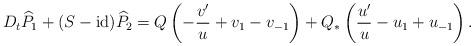
LaTeX: \begin{align*}D_t\widehat{P}_1+(S-\operatorname{id})\widehat{P}_2=Q\left(-\frac{v'}{u}+v_1-v_{-1}\right)+Q_{\ast}\left(\frac{u'}{u}-u_1+u_{-1}\right).\end{align*}